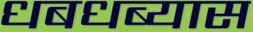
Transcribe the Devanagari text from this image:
धबधब्यास